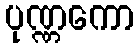
ပုဏ္ဏကော